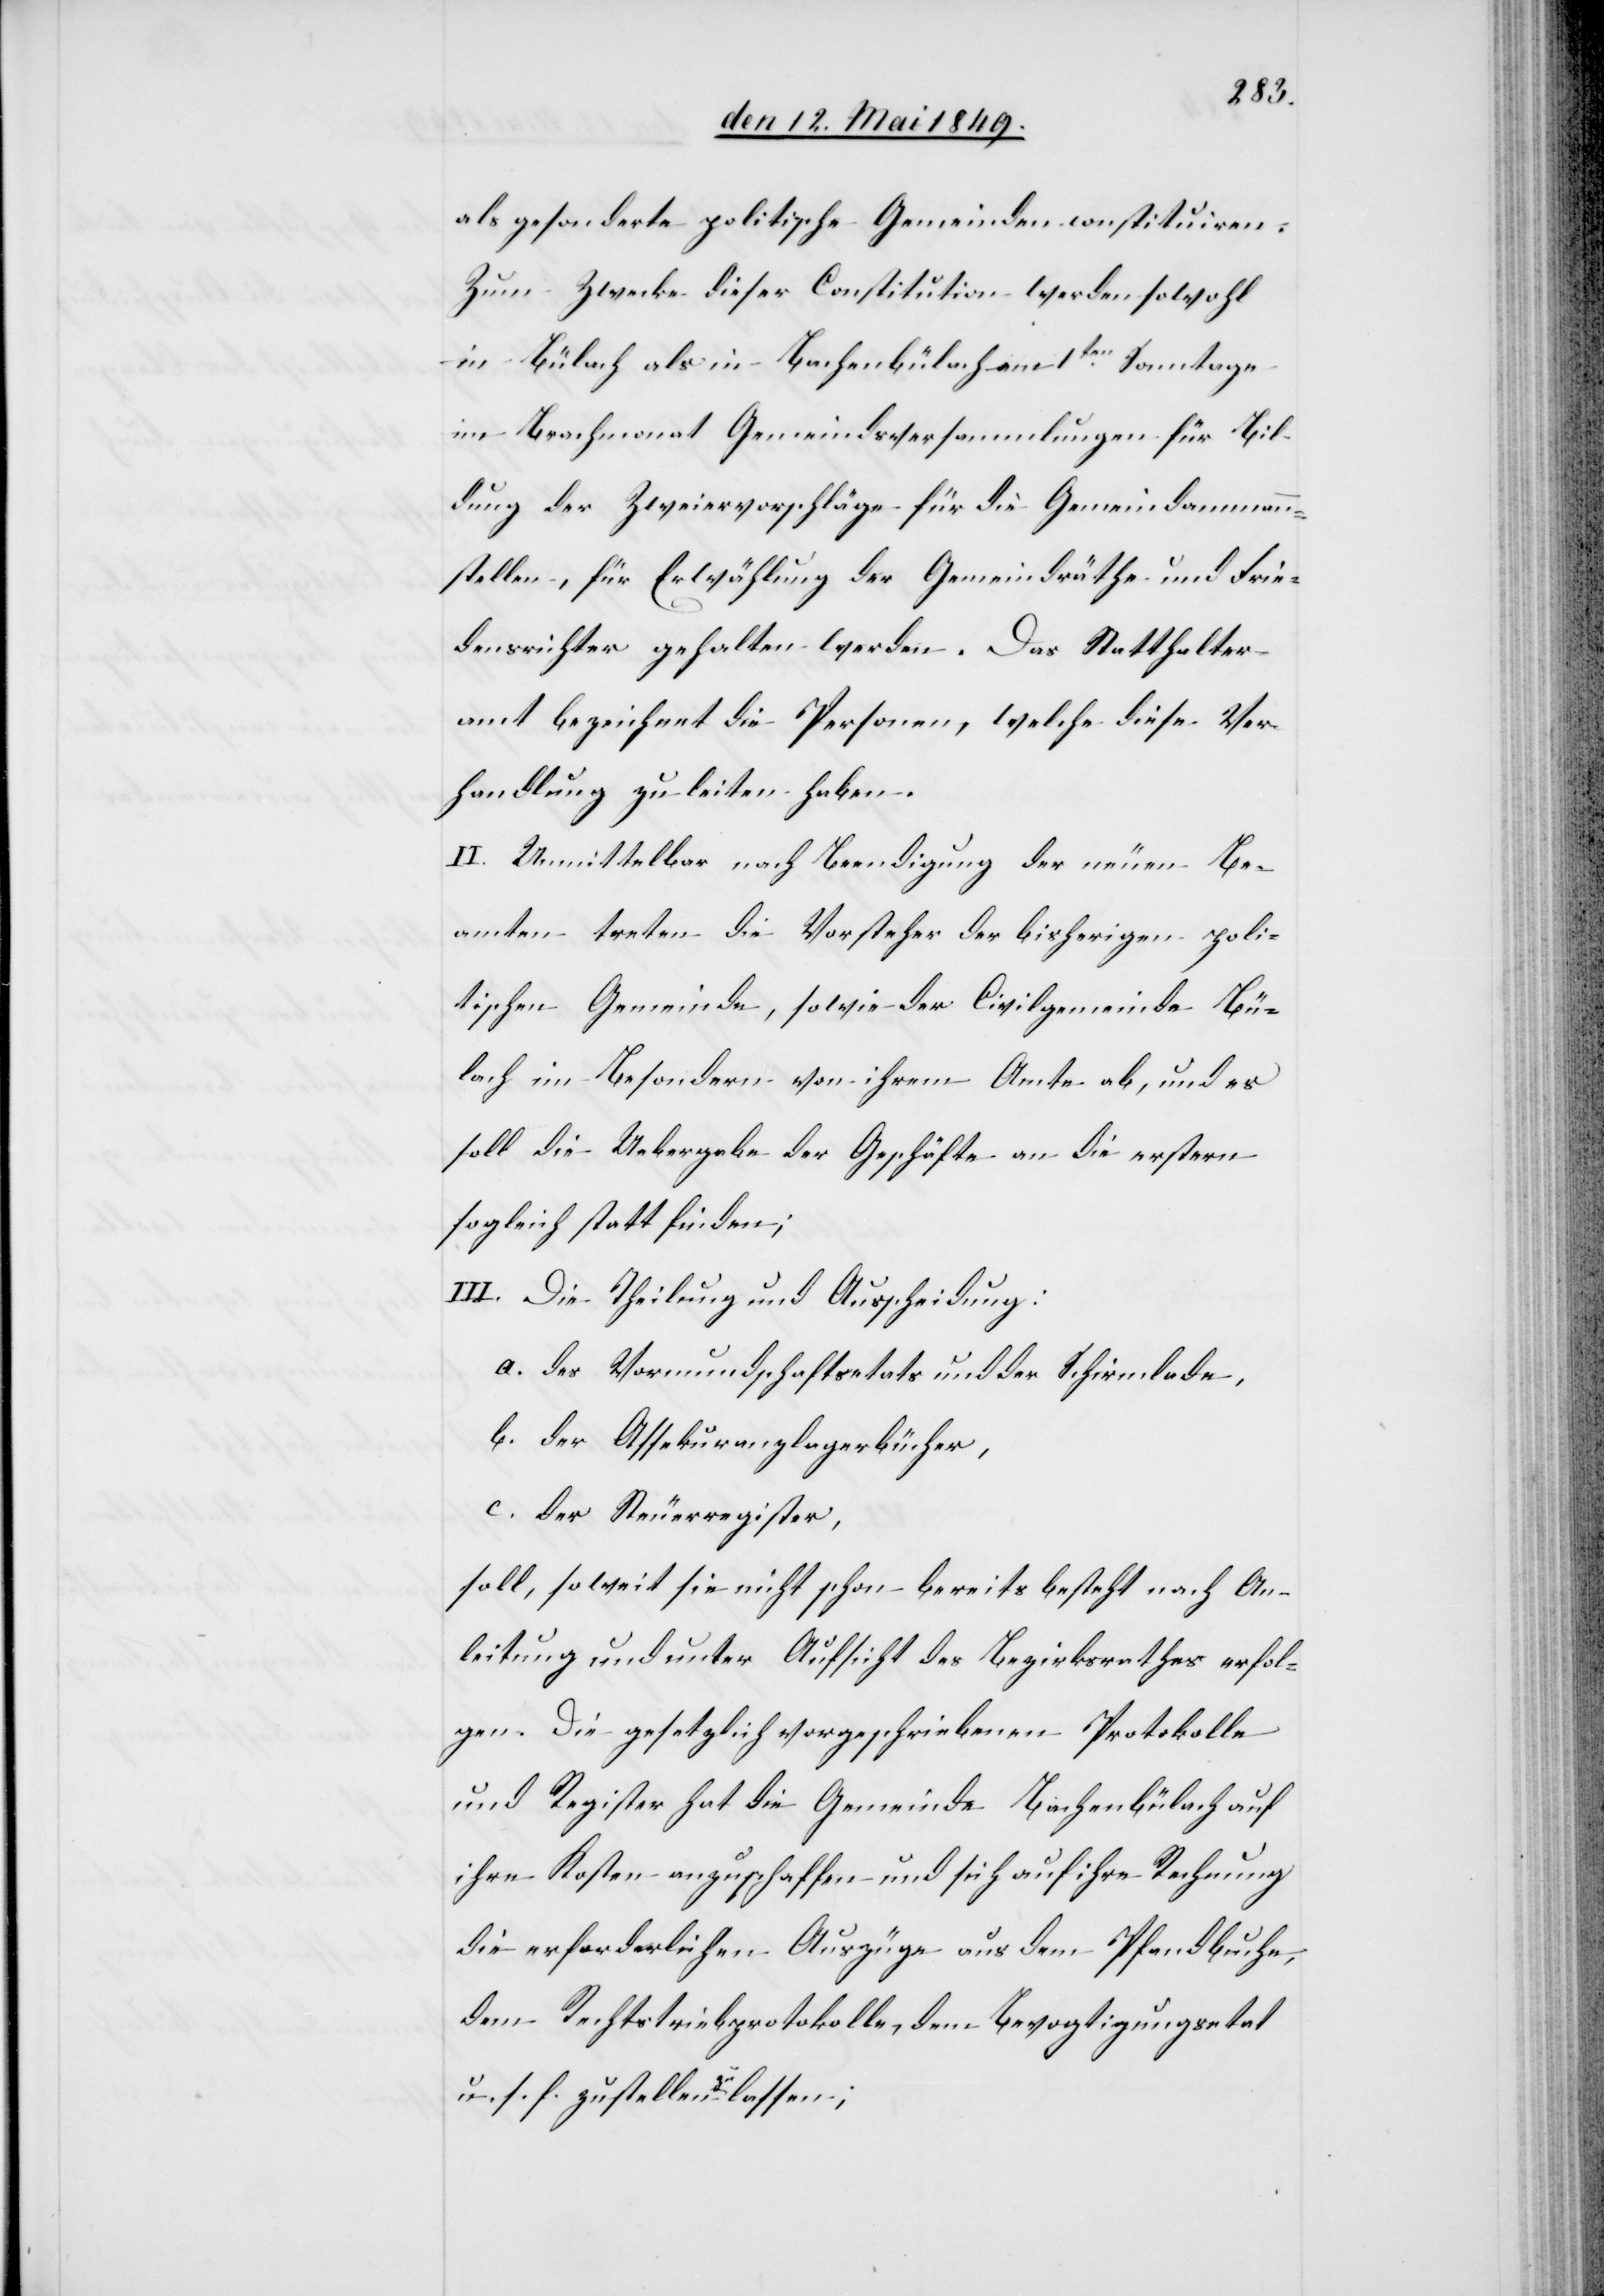
digung]
als gesonderte politische Gemeinden constituiren.
Zum Zwecke dieser Constitution werden sowohl
in Bülach als in Bachenbülach am 1ten Sonntage
im Brachmonat Gemeindsversammlungen für Bil¬
dung der Zweiervorschläge für die Gemeindammann¬
stellen, für Erwählung der Gemeindräthe und Frie¬
densrichter gehalten werden. Das Statthalter¬
amt bezeichnet die Personen, welche diese Ver¬
handlung zu leiten haben.
II. Unmittelbar nach Beendigung [recte: Beei¬
Beamten treten die Vorsteher der bisherigen poli¬
tischen Gemeinde, sowie der Civilgemeinde Bü¬
lach im Besondern von ihrem Amte ab, und es
soll die Uebergabe der Geschäfte an die erstern
sogleich statt finden;
III. Die Theilung und Ausscheidung:
a. des Vormundschaftsetats und der Schirmlade,
b. der Assekuranzlagerbücher,
c. der Steuerregister,
soll, soweit sie nicht schon bereits besteht nach An¬
leitung und unter Aufsicht des Bezirksrathes erfol¬
gen. Die gesetzlich vorgeschriebenen Protokolle
und Register hat die Gemeinde Bachenbülach auf
ihre Kosten anzuschaffen und sich auf ihre Rechnung
die erforderlichen Auszüge aus dem Pfandbuche,
dem Rechtstriebprotokolle, dem Bevogtigungsetat
u. s. f. zustellen zu lassen;